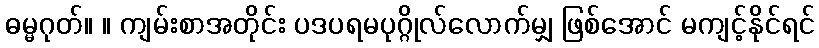
ဓမ္မဂုတ်။ ။ ကျမ်းစာအတိုင်း ပဒပရမပုဂ္ဂိုလ်လောက်မျှ ဖြစ်အောင် မကျင့်နိုင်ရင်